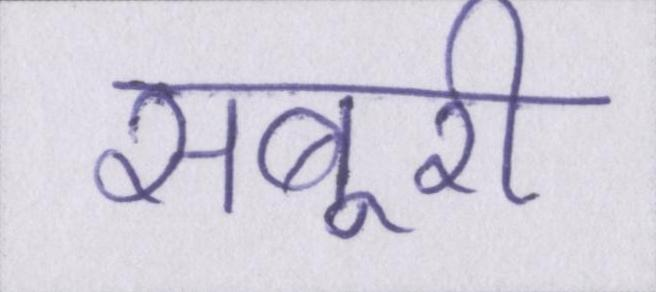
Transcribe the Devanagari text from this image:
सबूरी